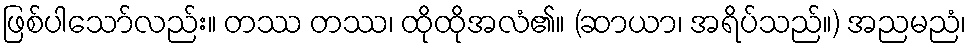
ဖြစ်ပါသော်လည်း။ တဿ တဿ၊ ထိုထိုအလံ၏။ (ဆာယာ၊ အရိပ်သည်။) အညမညံ၊